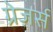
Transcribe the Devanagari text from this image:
ग्रेज़र्स